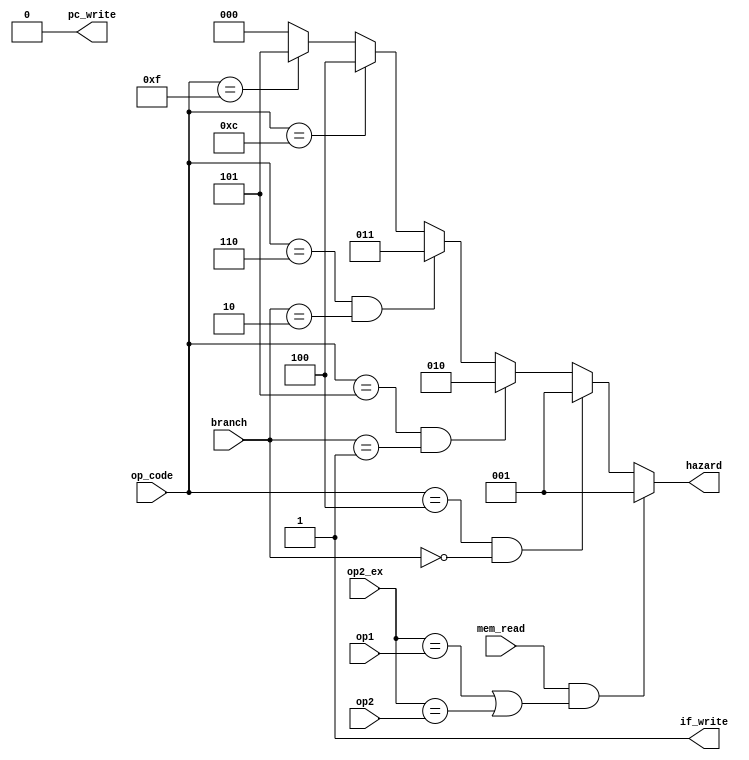
module hazard #(parameter DATA_WIDTH = 4, HAZARD_WIDTH = 3, BRANCH_WIDTH = 2)(
	input [DATA_WIDTH-1:0] op_code, op1, op2, op2_ex, 
	input mem_read,
	input [BRANCH_WIDTH-1:0] branch,
	output reg [HAZARD_WIDTH-1:0] hazard,
	output reg if_write, pc_write);
	
always@(*)
begin
	if(mem_read && ((op2_ex == op1) || (op2_ex == op2))) 	//Load hazard
		begin
			hazard = 3'b001; if_write = 1'b1; pc_write = 1'b1;
		end
	else if ((op_code == 4'b0100) && (branch == 2'b00)) 		//Branch Less Than
		begin
			hazard = 3'b001; if_write = 1'b0; pc_write = 1'b0;
		end
	else if ((op_code == 4'b0101) && (branch == 2'b01)) 		//Branch Greater Than
		begin
			hazard = 3'b010; if_write = 1'b0; pc_write = 1'b0;
		end
	else if ((op_code == 4'b0110) && (branch == 2'b10)) 		//Branch on Equal
		begin
			hazard = 3'b011; if_write = 1'b0; pc_write = 1'b0;
		end
	else if (op_code == 4'b1100) 		//Jump
		begin
			hazard = 3'b100; if_write = 1'b0; pc_write = 1'b0;
		end
	else if (op_code == 4'b1111) 		//Halt
		begin
			hazard = 3'b101; if_write = 1'b1; pc_write = 1'b1;
		end		
	else
		hazard = 3'b000; if_write = 1'b1; pc_write = 1'b0;
end
endmodule